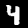
Label: 4